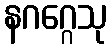
နဂဂ္ဂေသု